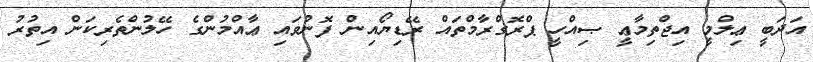
އަދަބީ ޢިލްމީ އިޖްތިމާޢީ ޞިއްހީ ޕްރޮގްރާމްތައް ރޭޑިޔޯއިން ފޮނުވައި ޢާއްމުންގެ ހޭލުންތެރިކަން އިތުރު